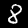
Label: 8